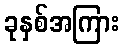
ခုနှစ်အကြား